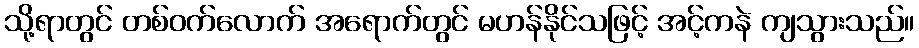
သို့ရာတွင် တစ်ဝက်လောက် အရောက်တွင် မဟန်နိုင်သဖြင့် အင့်ကနဲ ကျသွားသည်။